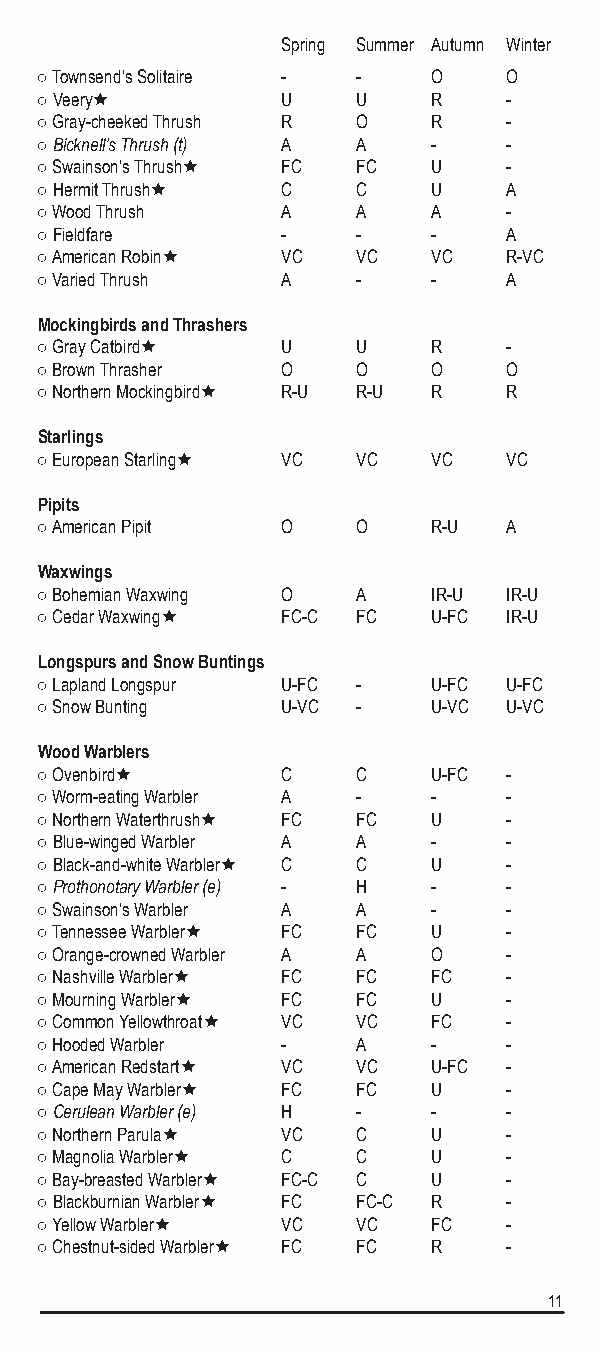
Spring Summer Autumn Winter
 ○ Townsend’s Solitaire - - O    O
 ○ Veery         U    U    R    -
 ○ Gray-cheeked Thrush R O  R    -
 ○ Bicknell’s Thrush (t) A A -   -
 ○ Swainson’s Thrush FC FC U    -
 ○ Hermit Thrush C    C    U    A
 ○ Wood Thrush    A    A    A    -
 ○ Fieldfare      -    -    -    A
 ○ American Robin VC  VC   VC   R-VC
 ○ Varied Thrush  A    -    -    A
 Mockingbirds and Thrashers
 ○ Gray Catbird  U    U    R    -
 ○ Brown Thrasher O    O    O    O
 ○ Northern Mockingbird R-U R-U R R
 Starlings
 ○ European Starling VC VC VC   VC
 Pipits
 ○ American Pipit O    O    R-U  A
 Waxwings
 ○ Bohemian Waxwing O  A    IR-U IR-U
 ○ Cedar Waxwing FC-C FC   U-FC IR-U
 Longspurs and Snow Buntings
 ○ Lapland Longspur U-FC -  U-FC U-FC
 ○ Snow Bunting   U-VC -    U-VC U-VC
 Wood Warblers
 ○ Ovenbird      C    C    U-FC -
 ○ Worm-eating Warbler A -  -    -
 ○ Northern Waterthrush FC FC U -
 ○ Blue-winged Warbler A A  -    -
 ○ Black-and-white Warbler C C U -
 ○ Prothonotary Warbler (e) - H - -
 ○ Swainson’s Warbler A A   -    -
 ○ Tennessee Warbler FC FC U    -
 ○ Orange-crowned Warbler A A O  -
 ○ Nashville Warbler FC FC FC   -
 ○ Mourning Warbler FC FC  U    -
 ○ Common Yellowthroat VC VC FC -
 ○ Hooded Warbler -    A    -    -
 ○ American Redstart VC VC U-FC -
 ○ Cape May Warbler FC FC  U    -
 ○ Cerulean Warbler (e) H - -    -
 ○ Northern Parula VC C    U    -
 ○ Magnolia Warbler C C    U    -
 ○ Bay-breasted Warbler FC-C C U -
 ○ Blackburnian Warbler FC FC-C R -
 ○ Yellow Warbler VC  VC   FC   -
 ○ Chestnut-sided Warbler FC FC R -
 11